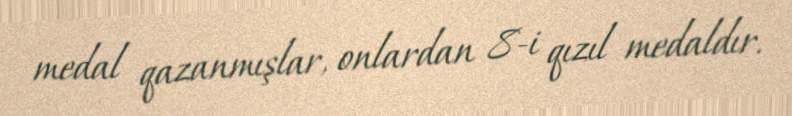
medal qazanmışlar, onlardan 8-i qızıl medaldır.